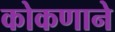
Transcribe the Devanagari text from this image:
कोकणाने